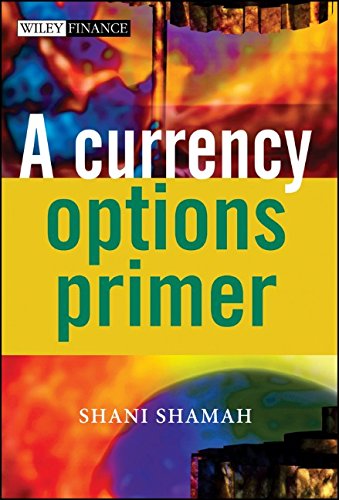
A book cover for A Currency Options Primer; Shani Shamah; Business & Money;